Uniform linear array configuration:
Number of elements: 16
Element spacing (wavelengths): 1
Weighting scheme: hann
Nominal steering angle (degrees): -60
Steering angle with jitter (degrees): -58.415
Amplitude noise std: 0.05
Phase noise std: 0.05

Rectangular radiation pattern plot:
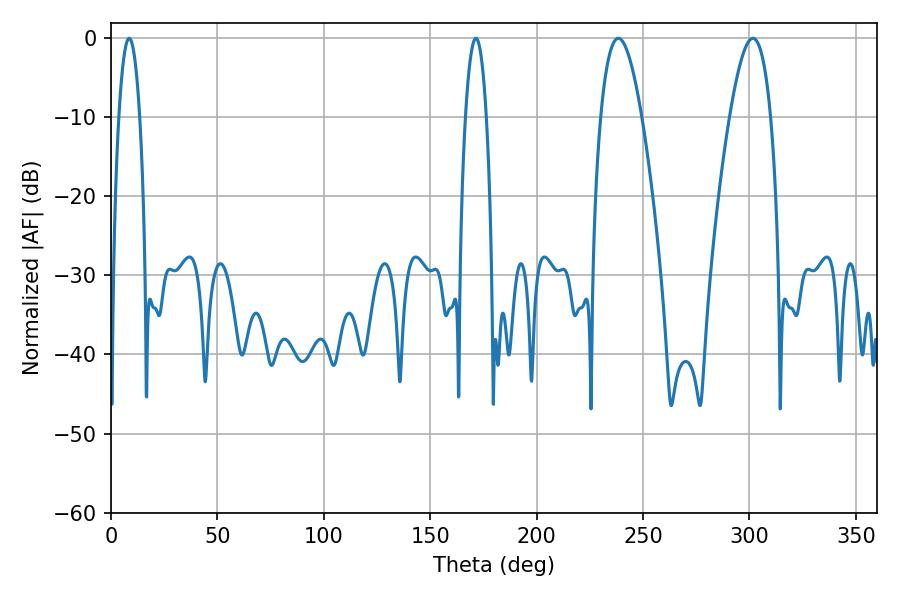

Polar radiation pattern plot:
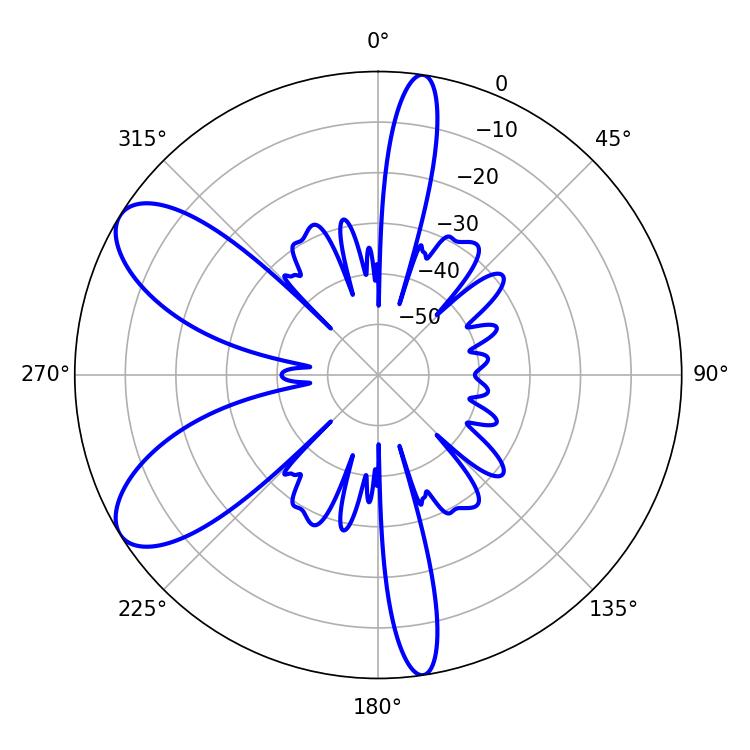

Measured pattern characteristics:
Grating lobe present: TRUE
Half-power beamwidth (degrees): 10.62
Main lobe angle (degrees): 238.32